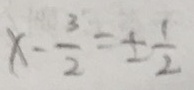
x - \frac { 3 } { 2 } = \pm \frac { 1 } { 2 }